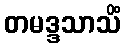
တမဒ္ဒသာသိံ